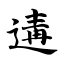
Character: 遘